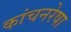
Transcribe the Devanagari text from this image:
कांचनरेषा